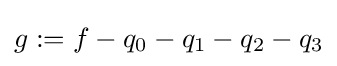
g:=f-q_{0}-q_{1}-q_{2}-q_{3}